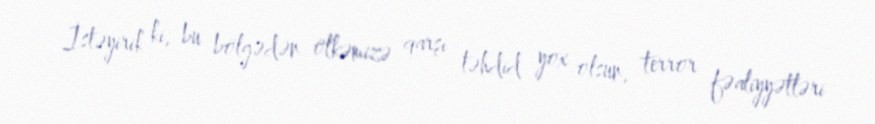
İstəyirik ki, bu bölgədən ölkəmizə qarşı təhdid yox olsun, terror fəaliyyətləri